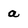
Character: a